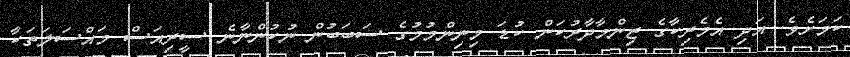
ކަމަށެވެ. އަދި އެމެރިކާގެ ޒިންމާދާރުކަން ކުޑަ މިނިންމުމުގެ ސަބަބުން ނުކުންނާނެ ސީރިއަސް މައްސަލަތަކާ